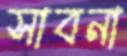
সাবনা